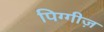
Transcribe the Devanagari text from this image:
पिग्गीज़